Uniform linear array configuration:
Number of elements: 48
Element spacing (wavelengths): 0.25
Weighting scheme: cosine
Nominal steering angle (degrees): -60
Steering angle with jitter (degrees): -60.627
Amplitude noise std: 0.05
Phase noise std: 0.05

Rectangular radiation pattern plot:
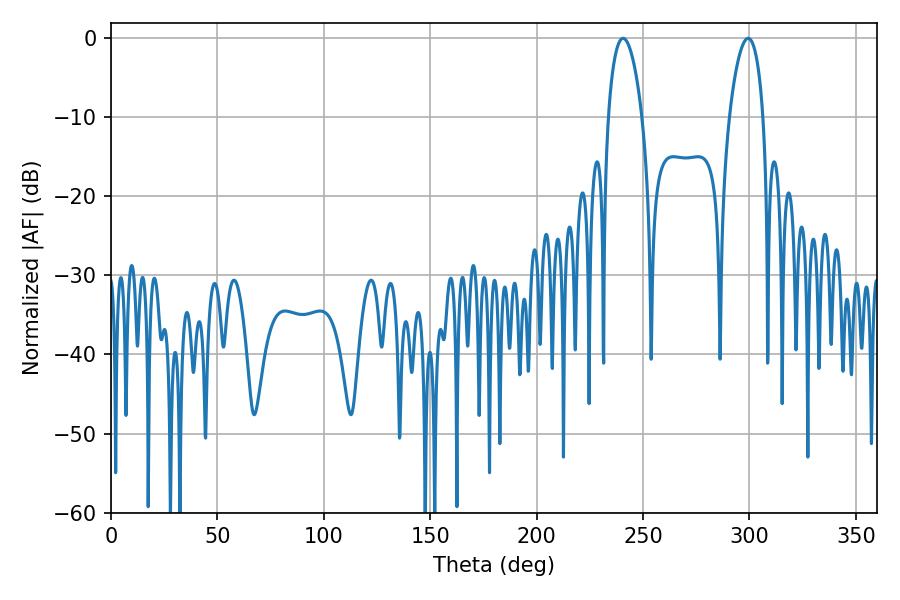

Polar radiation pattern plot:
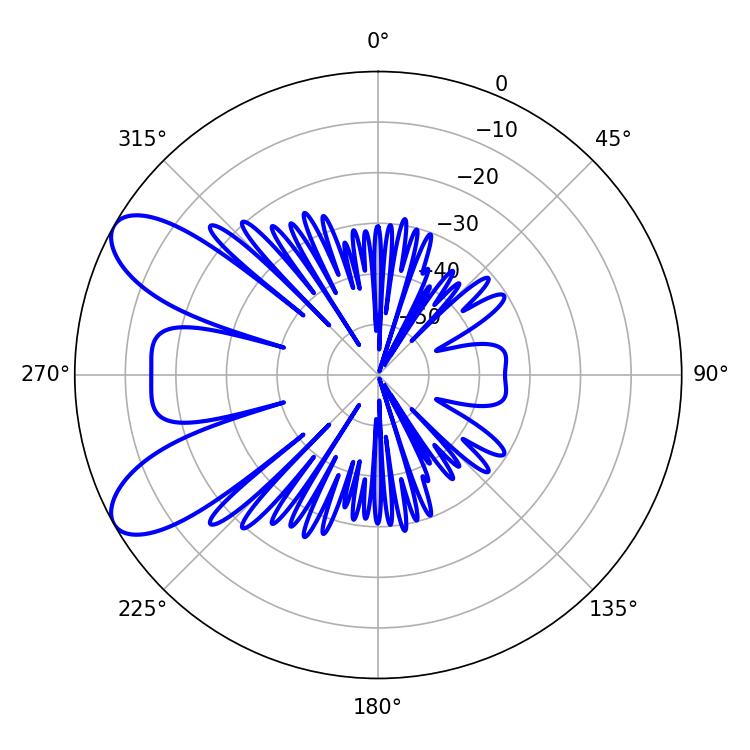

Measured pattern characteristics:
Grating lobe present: FALSE
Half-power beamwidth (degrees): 8.82
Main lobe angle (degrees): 240.66